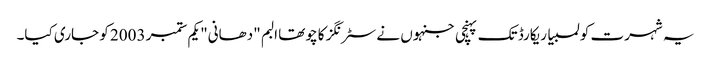
یہ شہرت کولمبیا ریکارڈ تک پہنچی جنہوں نے سٹرنگز کا چوتھا البم "دھانی" یکم ستمبر 2003 کو جاری کیا۔